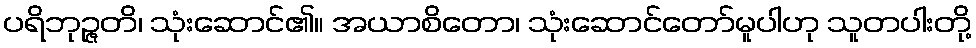
ပရိဘုဉ္ဇတိ၊ သုံးဆောင်၏။ အယာစိတော၊ သုံးဆောင်တော်မူပါဟု သူတပါးတို့